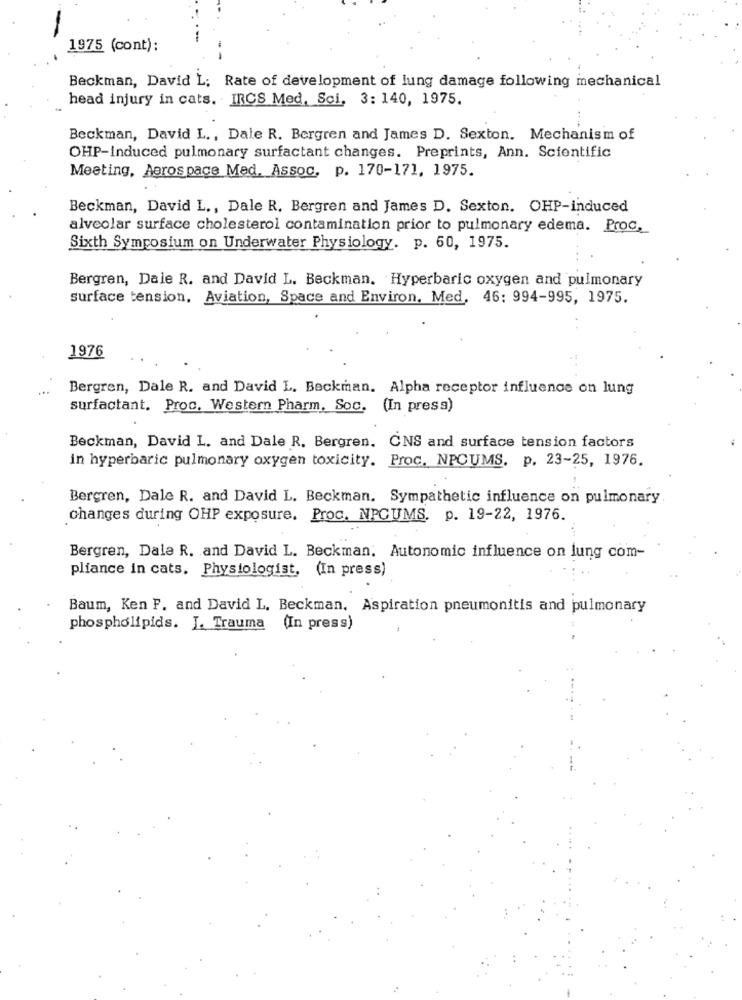
1975 (cont):
Beckman, David L; Rate of development of lung damage following mechanical
head injury in cats. IRCS Med, Sci, 3: 140, 1975.
Beckman, David L ., Dale R. Bergren and James D. Sexton. Mechanism of
OHP-Induced pulmonary surfactant changes. Preprints, Ann. Scientific
Meeting, Aerospace Med. Assoc. p. 170-171, 1975.
Beckman, David L ., Dale R. Bergren and James D. Sexton. OHP-induced
alveolar surface cholesterol contamination prior to pulmonary edema. Proc,
Sixth Symposium on Underwater Physiology. p. 60, 1975.
Bergren, Dale R. and David L. Beckman. Hyperbaric oxygen and pulmonary
surface tension, Aviation, Space and Environ, Med, 46: 994-995, 1975.
1976
...
Bergren, Dale R. and David L. Beckman. Alpha receptor influence on lung
surfactant. Proc. Western Pharm. Soc. (In press)
Beckman, David L. and Dale R. Bergren. ONS and surface tension factors
in hyperbaric pulmonary oxygen toxicity. Proc. NPCUMS. p. 23-25, 1976.
Bergren, Dale R. and David L. Beckman. Sympathetic influence on pulmonary
changes during OHP exposure. Proc. NPCUMS. p. 19-22, 1976.
Bergren, Dale R. and David L. Beckman. Autonomic influence on lung com-
pliance in cats. Physiologist, (In press)
Baum, Ken F. and David L. Beckman. Aspiration pneumonitis and pulmonary
phospholipids. J. Trauma (In press)